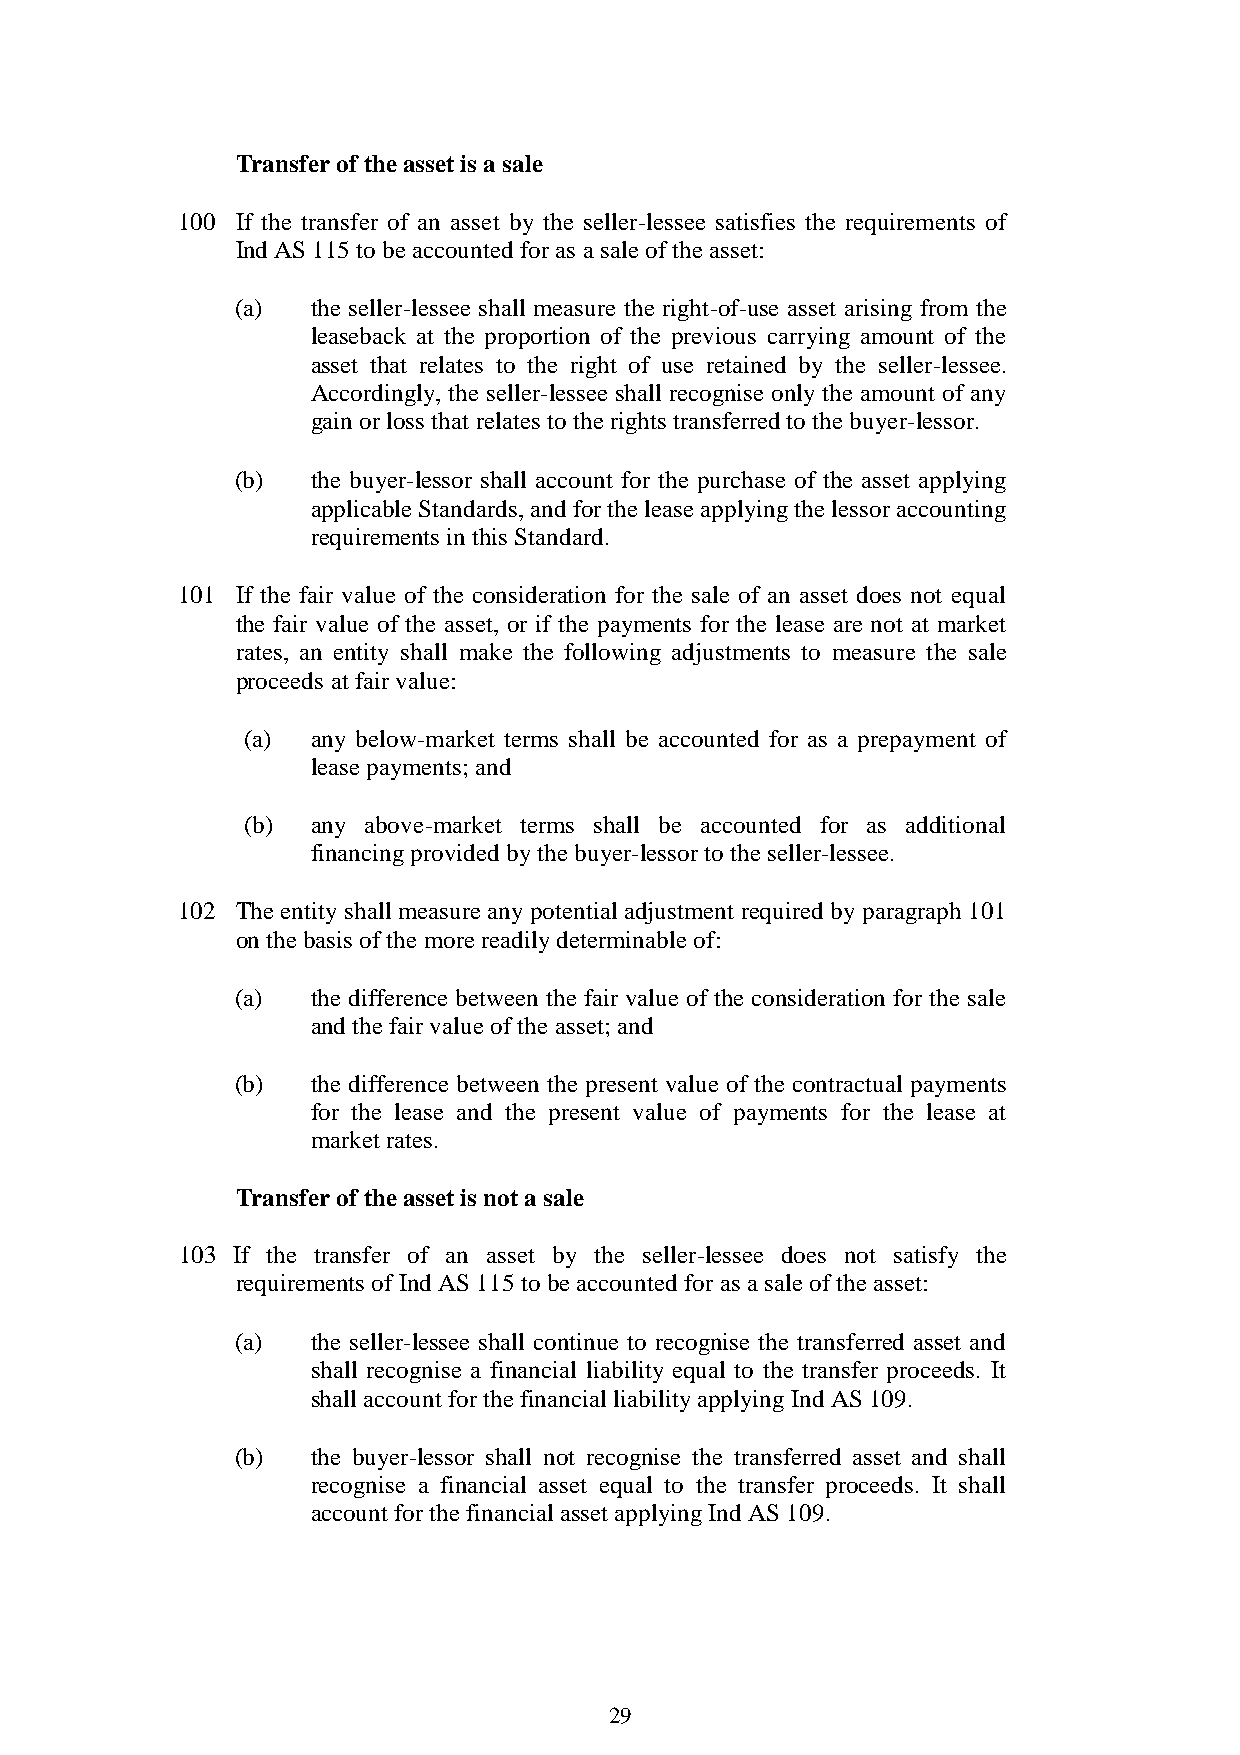
Transfer of the asset is a sale
 100 If the transfer of an asset by the seller-lessee satisfies the requirements of
 Ind AS 115 to be accounted for as a sale of the asset:
 (a)  the seller-lessee shall measure the right-of-use asset arising from the
 leaseback at the proportion of the previous carrying amount of the
 asset that relates to the right of use retained by the seller-lessee.
 Accordingly, the seller-lessee shall recognise only the amount of any
 gain or loss that relates to the rights transferred to the buyer-lessor.
 (b)  the buyer-lessor shall account for the purchase of the asset applying
 applicable Standards, and for the lease applying the lessor accounting
 requirements in this Standard.
 101 If the fair value of the consideration for the sale of an asset does not equal
 the fair value of the asset, or if the payments for the lease are not at market
 rates, an entity shall make the following adjustments to measure the sale
 proceeds at fair value:
 (a)  any below-market terms shall be accounted for as a prepayment of
 lease payments; and
 (b)  any above-market terms shall be accounted for as additional
 financing provided by the buyer-lessor to the seller-lessee.
 102 The entity shall measure any potential adjustment required by paragraph 101
 on the basis of the more readily determinable of:
 (a)  the difference between the fair value of the consideration for the sale
 and the fair value of the asset; and
 (b)  the difference between the present value of the contractual payments
 for the lease and the present value of payments for the lease at
 market rates.
 Transfer of the asset is not a sale
 103 If the transfer of an asset by the seller-lessee does not satisfy the
 requirements of Ind AS 115 to be accounted for as a sale of the asset:
 (a)  the seller-lessee shall continue to recognise the transferred asset and
 shall recognise a financial liability equal to the transfer proceeds. It
 shall account for the financial liability applying Ind AS 109.
 (b)  the buyer-lessor shall not recognise the transferred asset and shall
 recognise a financial asset equal to the transfer proceeds. It shall
 account for the financial asset applying Ind AS 109.
 29